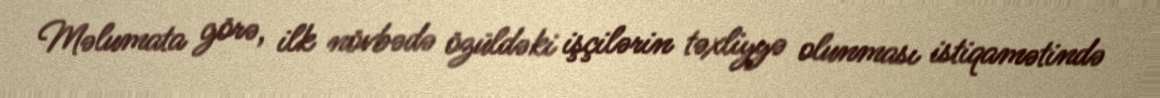
Məlumata görə, ilk növbədə özüldəki işçilərin təxliyyə olunması istiqamətində